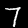
Digit: 7